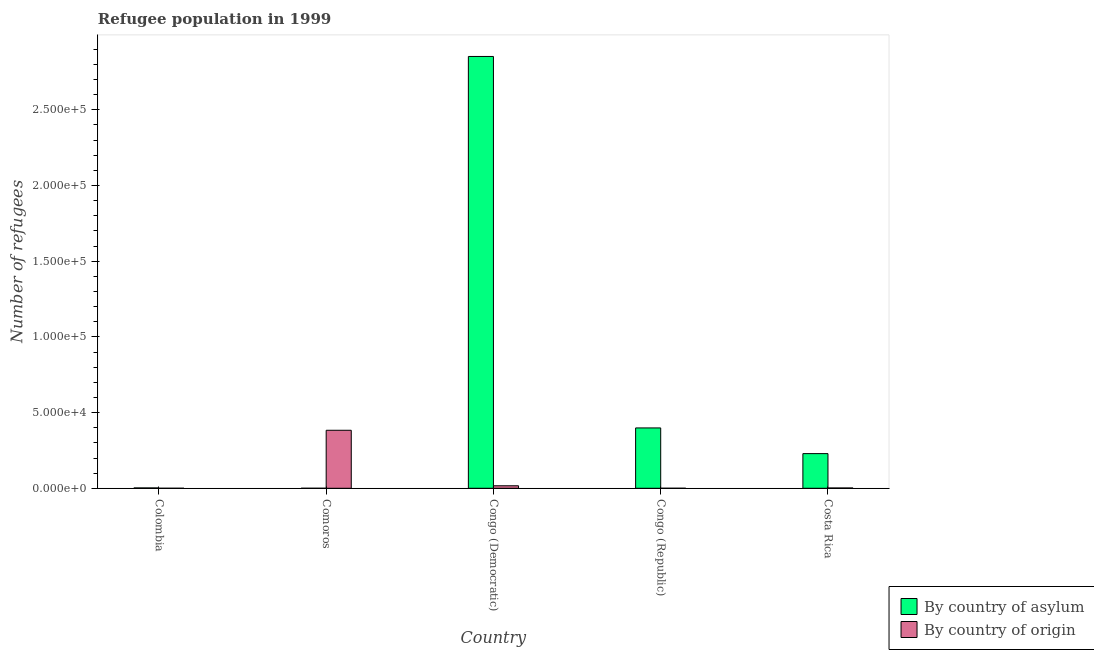
| Country | By country of asylum | By country of origin |
 | --- | --- | --- |
 | Colombia | 230 | 2 |
 | Comoros | 9 | 3.83e+04 |
 | Congo (Democratic) | 2.85e+05 | 1.65e+03 |
 | Congo (Republic) | 3.99e+04 | 18 |
 | Costa Rica | 2.29e+04 | 196 |